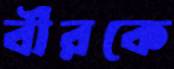
বীরকে